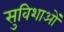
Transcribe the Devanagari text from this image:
सुविशाओं